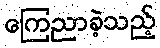
ကြေညာခဲ့သည့်